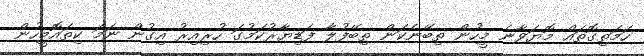
ހަމަތިގޮތައް މޮޔަވާނެ މީހުން ތިބޭނެކަން ތިބޭފުލާ ފަޑިޔާރުކަމުގަ ހުރިއިރު އިގުން ނަމަ ކިތައޮމީހުން